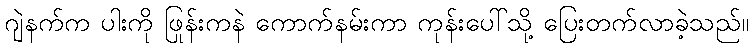
ဂျဲနက်က ပါးကို ဖြုန်းကနဲ ကောက်နမ်းကာ ကုန်းပေါ်သို့ ပြေးတက်လာခဲ့သည်။